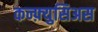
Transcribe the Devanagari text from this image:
कन्फ़्युसिअस